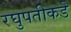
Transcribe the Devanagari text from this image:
रघुपतीकडे